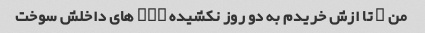
من ۲ تا ازش خریدم به دو روز نکشیده led های داخلش سوخت